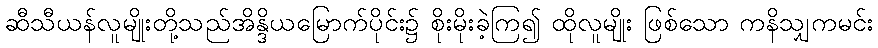
ဆီသီယန်လူမျိုးတို့သည်အိန္ဒိယမြောက်ပိုင်း၌ စိုးမိုးခဲ့ကြ၍ ထိုလူမျိုး ဖြစ်သော ကနိသျှကမင်း